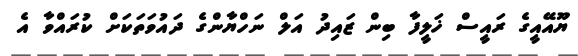
ޔޫއޭއީގެ ރައީސް ޚަލީފާ ބިން ޒައިދު އަލް ނަހްޔާންގެ ދައުވަތަކަށް ކުރައްވާ އެ